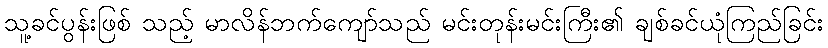
သူ့ခင်ပွန်းဖြစ် သည့် မာလိန်ဘက်ကျော်သည် မင်းတုန်းမင်းကြီး၏ ချစ်ခင်ယုံကြည်ခြင်း